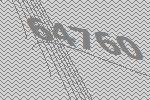
64760